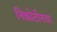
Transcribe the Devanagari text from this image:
निकोटीनचा